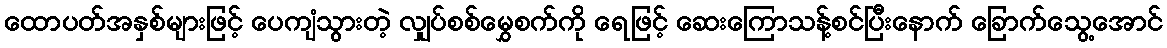
ထောပတ်အနှစ်များဖြင့် ပေကျံသွားတဲ့ လျှပ်စစ်မွှေစက်ကို ရေဖြင့် ဆေးကြောသန့်စင်ပြီးနောက် ခြောက်သွေ့အောင်